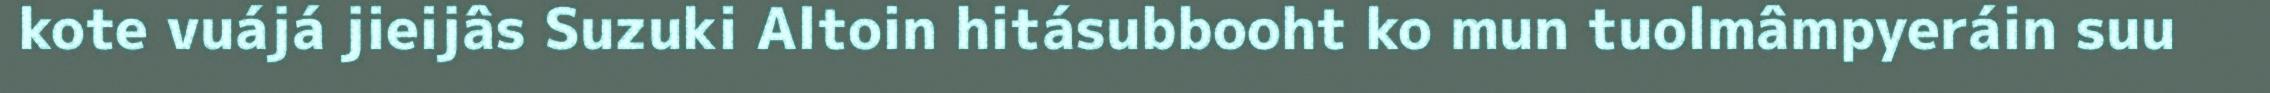
kote vuájá jieijâs Suzuki Altoin hitásubbooht ko mun tuolmâmpyeráin suu